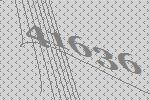
41636